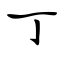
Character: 丁